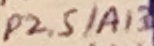
Text: P2.5/A13